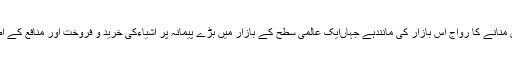
دراصل یہ عالمی دن منانے کا رواج اس بازار کی مانندہے جہاںایک عالمی سطح کے بازار میں بڑے پیمانہ پر اشیاءکی خرید و فروخت اور منافع کے اصولوں کارفرما ہیں۔